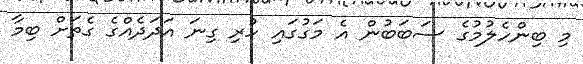
މި ބިންހެލުމުގެ ސަބަބުން އެ މަގުގައި ހުރި ގިނަ އަދަދެއްގެ ގެތަށް ބިމާ